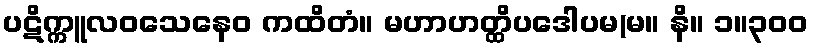
ပဋိက္ကူလဝသေနေဝ ကထိတံ။ မဟာဟတ္ထိပဒေါပမ(မ။ နိ။ ၁။၃၀၀